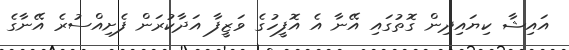
އައިޝާ ކިޔައިދިން ގޮތުގައި އޭނާ އެ އޮފީހުގެ ވަޒީފާ އަދާކުރަން ފެށިއްސުރެ އޭނާގެ